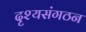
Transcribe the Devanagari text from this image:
दृश्यसंगठन